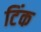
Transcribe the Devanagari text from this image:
टिंक